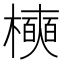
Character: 𪴑